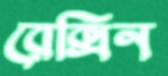
রেক্সিন